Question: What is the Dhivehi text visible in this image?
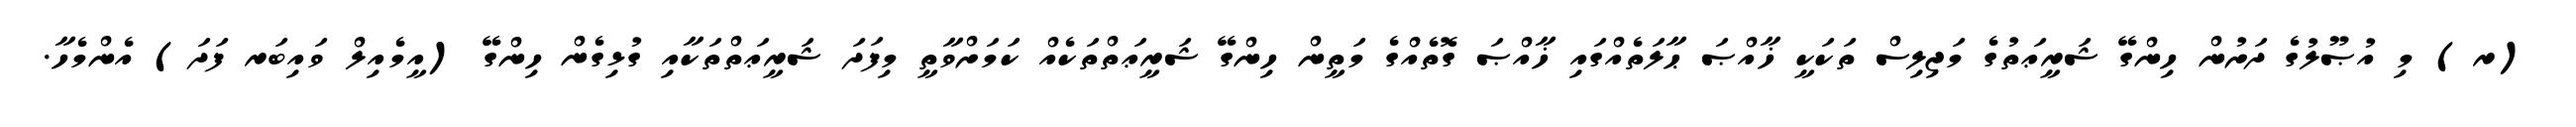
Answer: (ރ) މި އުޞޫލުގެ ދަށުން ހިންގޭ ޝަރީޢަތުގެ މަޖިލިސް ތަކަކީ ޚާއްޞަ ޙާލަތެއްގައި ޚާއްޞަ ގޮތެއްގެ މަތީން ހިންގޭ ޝަރީޢަތްތަކެއް ކަމަށްވާތީ މިފަދަ ޝަރީޢަތްތަކާއި ގުޅިގެން ހިންގޭ (އީމެއިލް ވައިބަރ ފަދަ) އެންމެހާ.